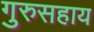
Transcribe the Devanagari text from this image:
गुरुसहाय